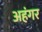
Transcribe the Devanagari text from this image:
अहंगर